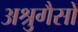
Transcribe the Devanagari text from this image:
अश्रुगैसों